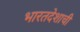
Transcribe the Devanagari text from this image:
भारतदेशाची